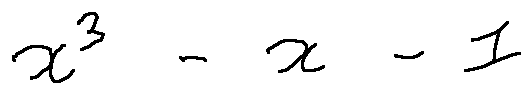
x ^ { 3 } - x - 1